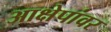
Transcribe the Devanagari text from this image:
आक्षेपांवर